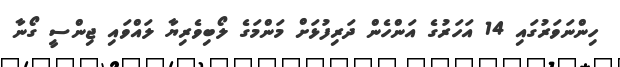
ހިންނަވަރުގައި 14 އަހަރުގެ އަންހެން ދަރިފުޅަށް މަންމަގެ ލޯބިވެރިޔާ ލައްވައި ޖިންސީ ގޯނާ